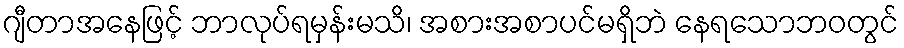
ဂျီတာအနေဖြင့် ဘာလုပ်ရမှန်းမသိ၊ အစားအစာပင်မရှိဘဲ နေရသောဘဝတွင်